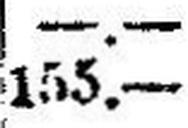
155.—